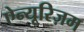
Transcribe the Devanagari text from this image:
ऐन्यूरिज़म